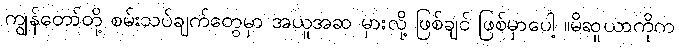
ကျွန်တော်တို့ စမ်းသပ်ချက်တွေမှာ အယူအဆ မှားလို့ ဖြစ်ချင် ဖြစ်မှာပေါ့ ။မိဆူယာကိုက